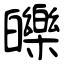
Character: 皪